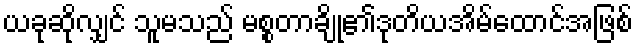
ယခုဆိုလျှင် သူမသည် မစ္စတာချို၏ဒုတိယအိမ်ထောင်အဖြစ်